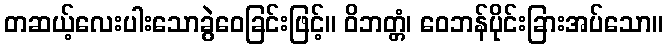
တဆယ့်လေးပါးသောခွဲဝေခြင်းဖြင့်။ ဝိဘတ္တံ၊ ဝေဘန်ပိုင်းခြားအပ်သော။